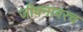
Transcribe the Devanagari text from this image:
जीवनावरच